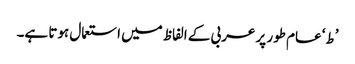
’ط‘ عام طور پر عربی کے الفاظ میں استعمال ہوتا ہے۔